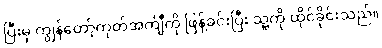
ပြီးမှ ကျွန်တော့်ကုတ်အင်္ကျီကို ဖြန့်ခင်းပြီး သူ့ကို ထိုင်ခိုင်းသည်။